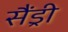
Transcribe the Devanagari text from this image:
सैंड्री